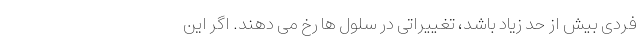
فردی بیش از حد زیاد باشد، تغییراتی در سلول ها رخ می دهند. اگر این